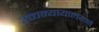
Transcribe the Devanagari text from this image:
उच्चन्यायालयाने